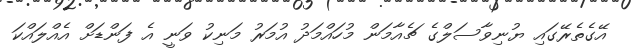
އޭގެތެރޭގައި ޔުނިވާސަލްގެ ޗެއާމަން މުހައްމަދު އުމަރު މަނިކު ވަނީ އެ ފަންޑަށް އެއްލައްކަ